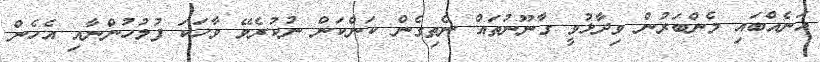
އަނެއްބައި މެންބަރުން ވިދާޅުވީ ގާނޫނުތައް ނެތިގެން ކަންކަން ނުކުރެވޭ ވާހަކަ ފުލުހުންނާއި އެހެން